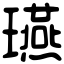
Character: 𤫇